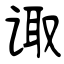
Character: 诹